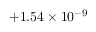
\phantom { 0 } { + 1 . 5 4 } \times 1 0 ^ { - 9 }